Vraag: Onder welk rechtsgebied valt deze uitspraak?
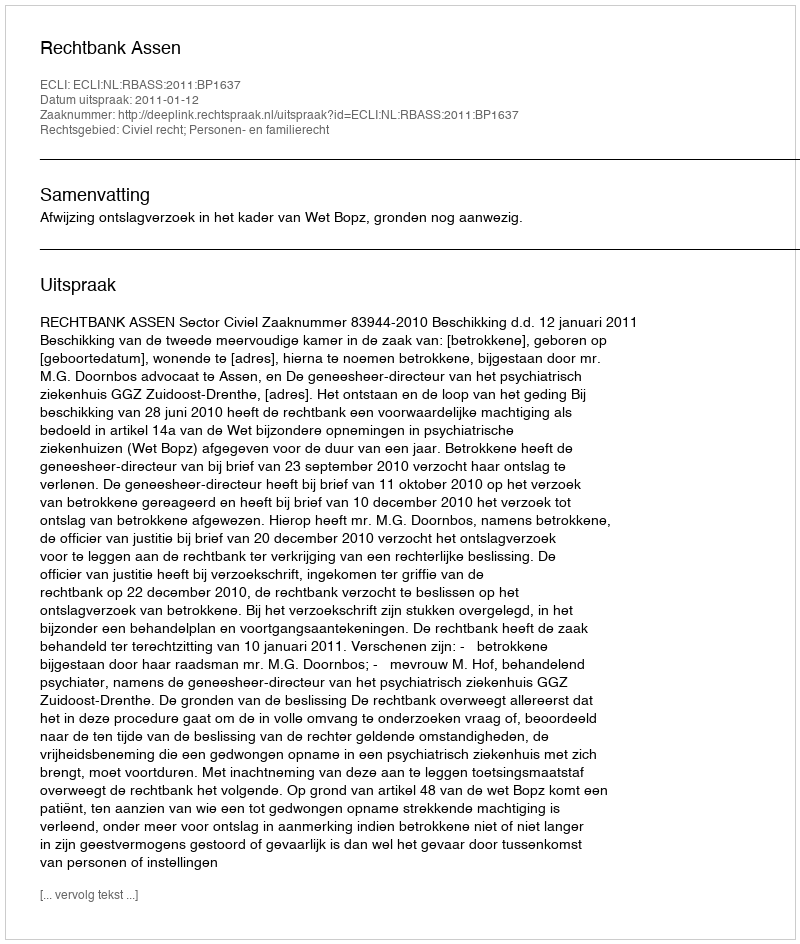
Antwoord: Civiel recht; Personen- en familierecht